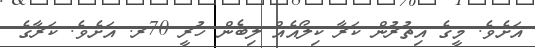
އަށެވެ. މީގެ އިތުރުން ކަރާ ކިލޯއެއް ލިބެން ހުރީ 70ރ. އަށެވެ. ކަރާގެ